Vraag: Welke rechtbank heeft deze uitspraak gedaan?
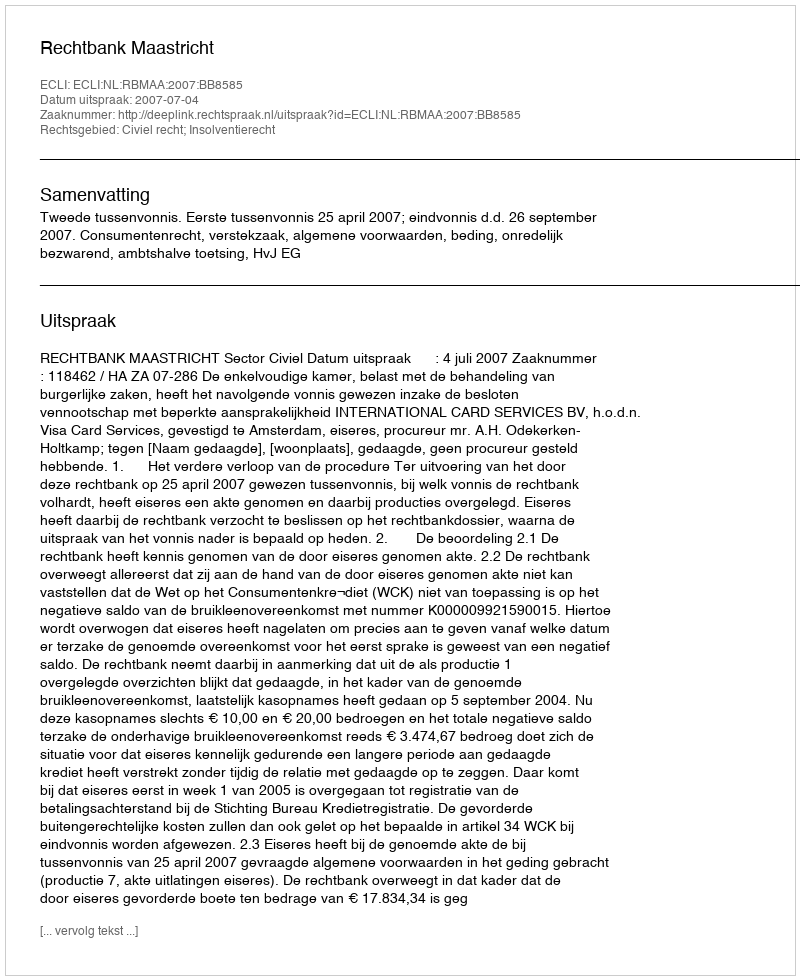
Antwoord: Rechtbank Maastricht